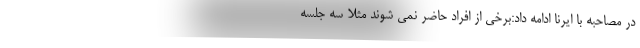
در مصاحبه با ایرنا ادامه داد:برخی از افراد حاضر نمی شوند مثلا سه جلسه